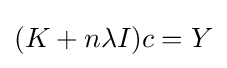
(K+n\lambda I)c=Y